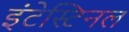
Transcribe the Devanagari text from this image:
इंटेस्टिनल